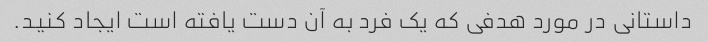
داستانی در مورد هدفی که یک فرد به آن دست یافته است ایجاد کنید.